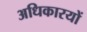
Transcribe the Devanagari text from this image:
अधिकारयों